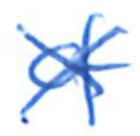
Text: of
Cross-out: cross
Writing tool: ballpoint